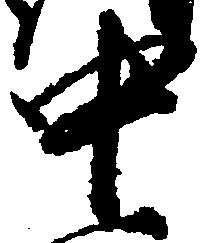
中